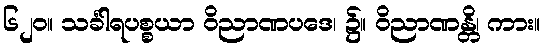
၆၂၀။ သင်္ခါရပစ္စယာ ဝိညာဏပဒေ၊ ၌။ ဝိညာဏန္တိ၊ ကား။